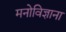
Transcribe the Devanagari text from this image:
मनोविज्ञाना